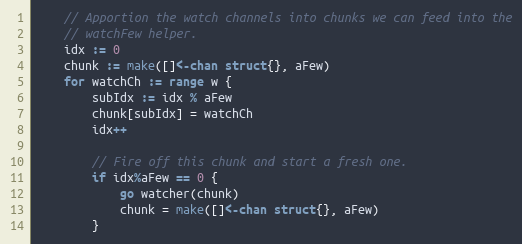
Language: Go
	// Apportion the watch channels into chunks we can feed into the
	// watchFew helper.
	idx := 0
	chunk := make([]<-chan struct{}, aFew)
	for watchCh := range w {
		subIdx := idx % aFew
		chunk[subIdx] = watchCh
		idx++

		// Fire off this chunk and start a fresh one.
		if idx%aFew == 0 {
			go watcher(chunk)
			chunk = make([]<-chan struct{}, aFew)
		}